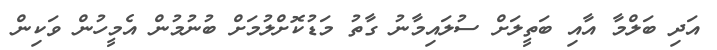
އަދި ބަލްމާ އާއި ބަތީލަށް ސުލައިމާނު ގާތު މަޑުކޮށްލުމަށް ބުނުމުން އެމީހުން ވަކިން